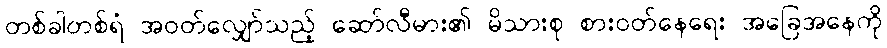
တစ်ခါတစ်ရံ အဝတ်လျှော်သည့် ဆော်လီမား၏ မိသားစု စားဝတ်နေရေး အခြေအနေကို